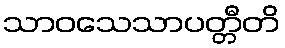
သာဝသေသာပတ္တီတိ